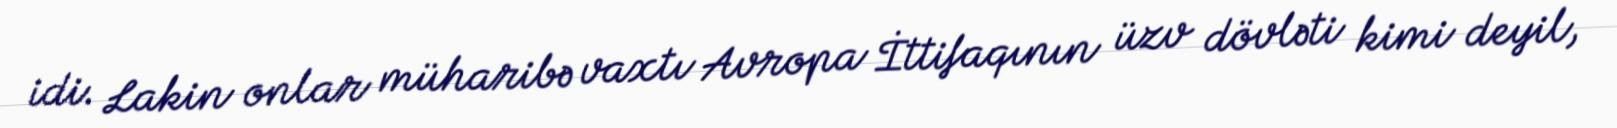
idi. Lakin onlar müharibə vaxtı Avropa İttifaqının üzv dövləti kimi deyil,